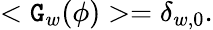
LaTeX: <\mathtt{G}_{w}(\phi)>=\delta_{w,0}.